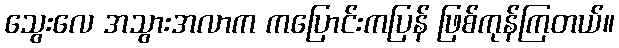
သွေးလေ အသွားအလာက ကပြောင်းကပြန် ဖြစ်ကုန်ကြတယ်။